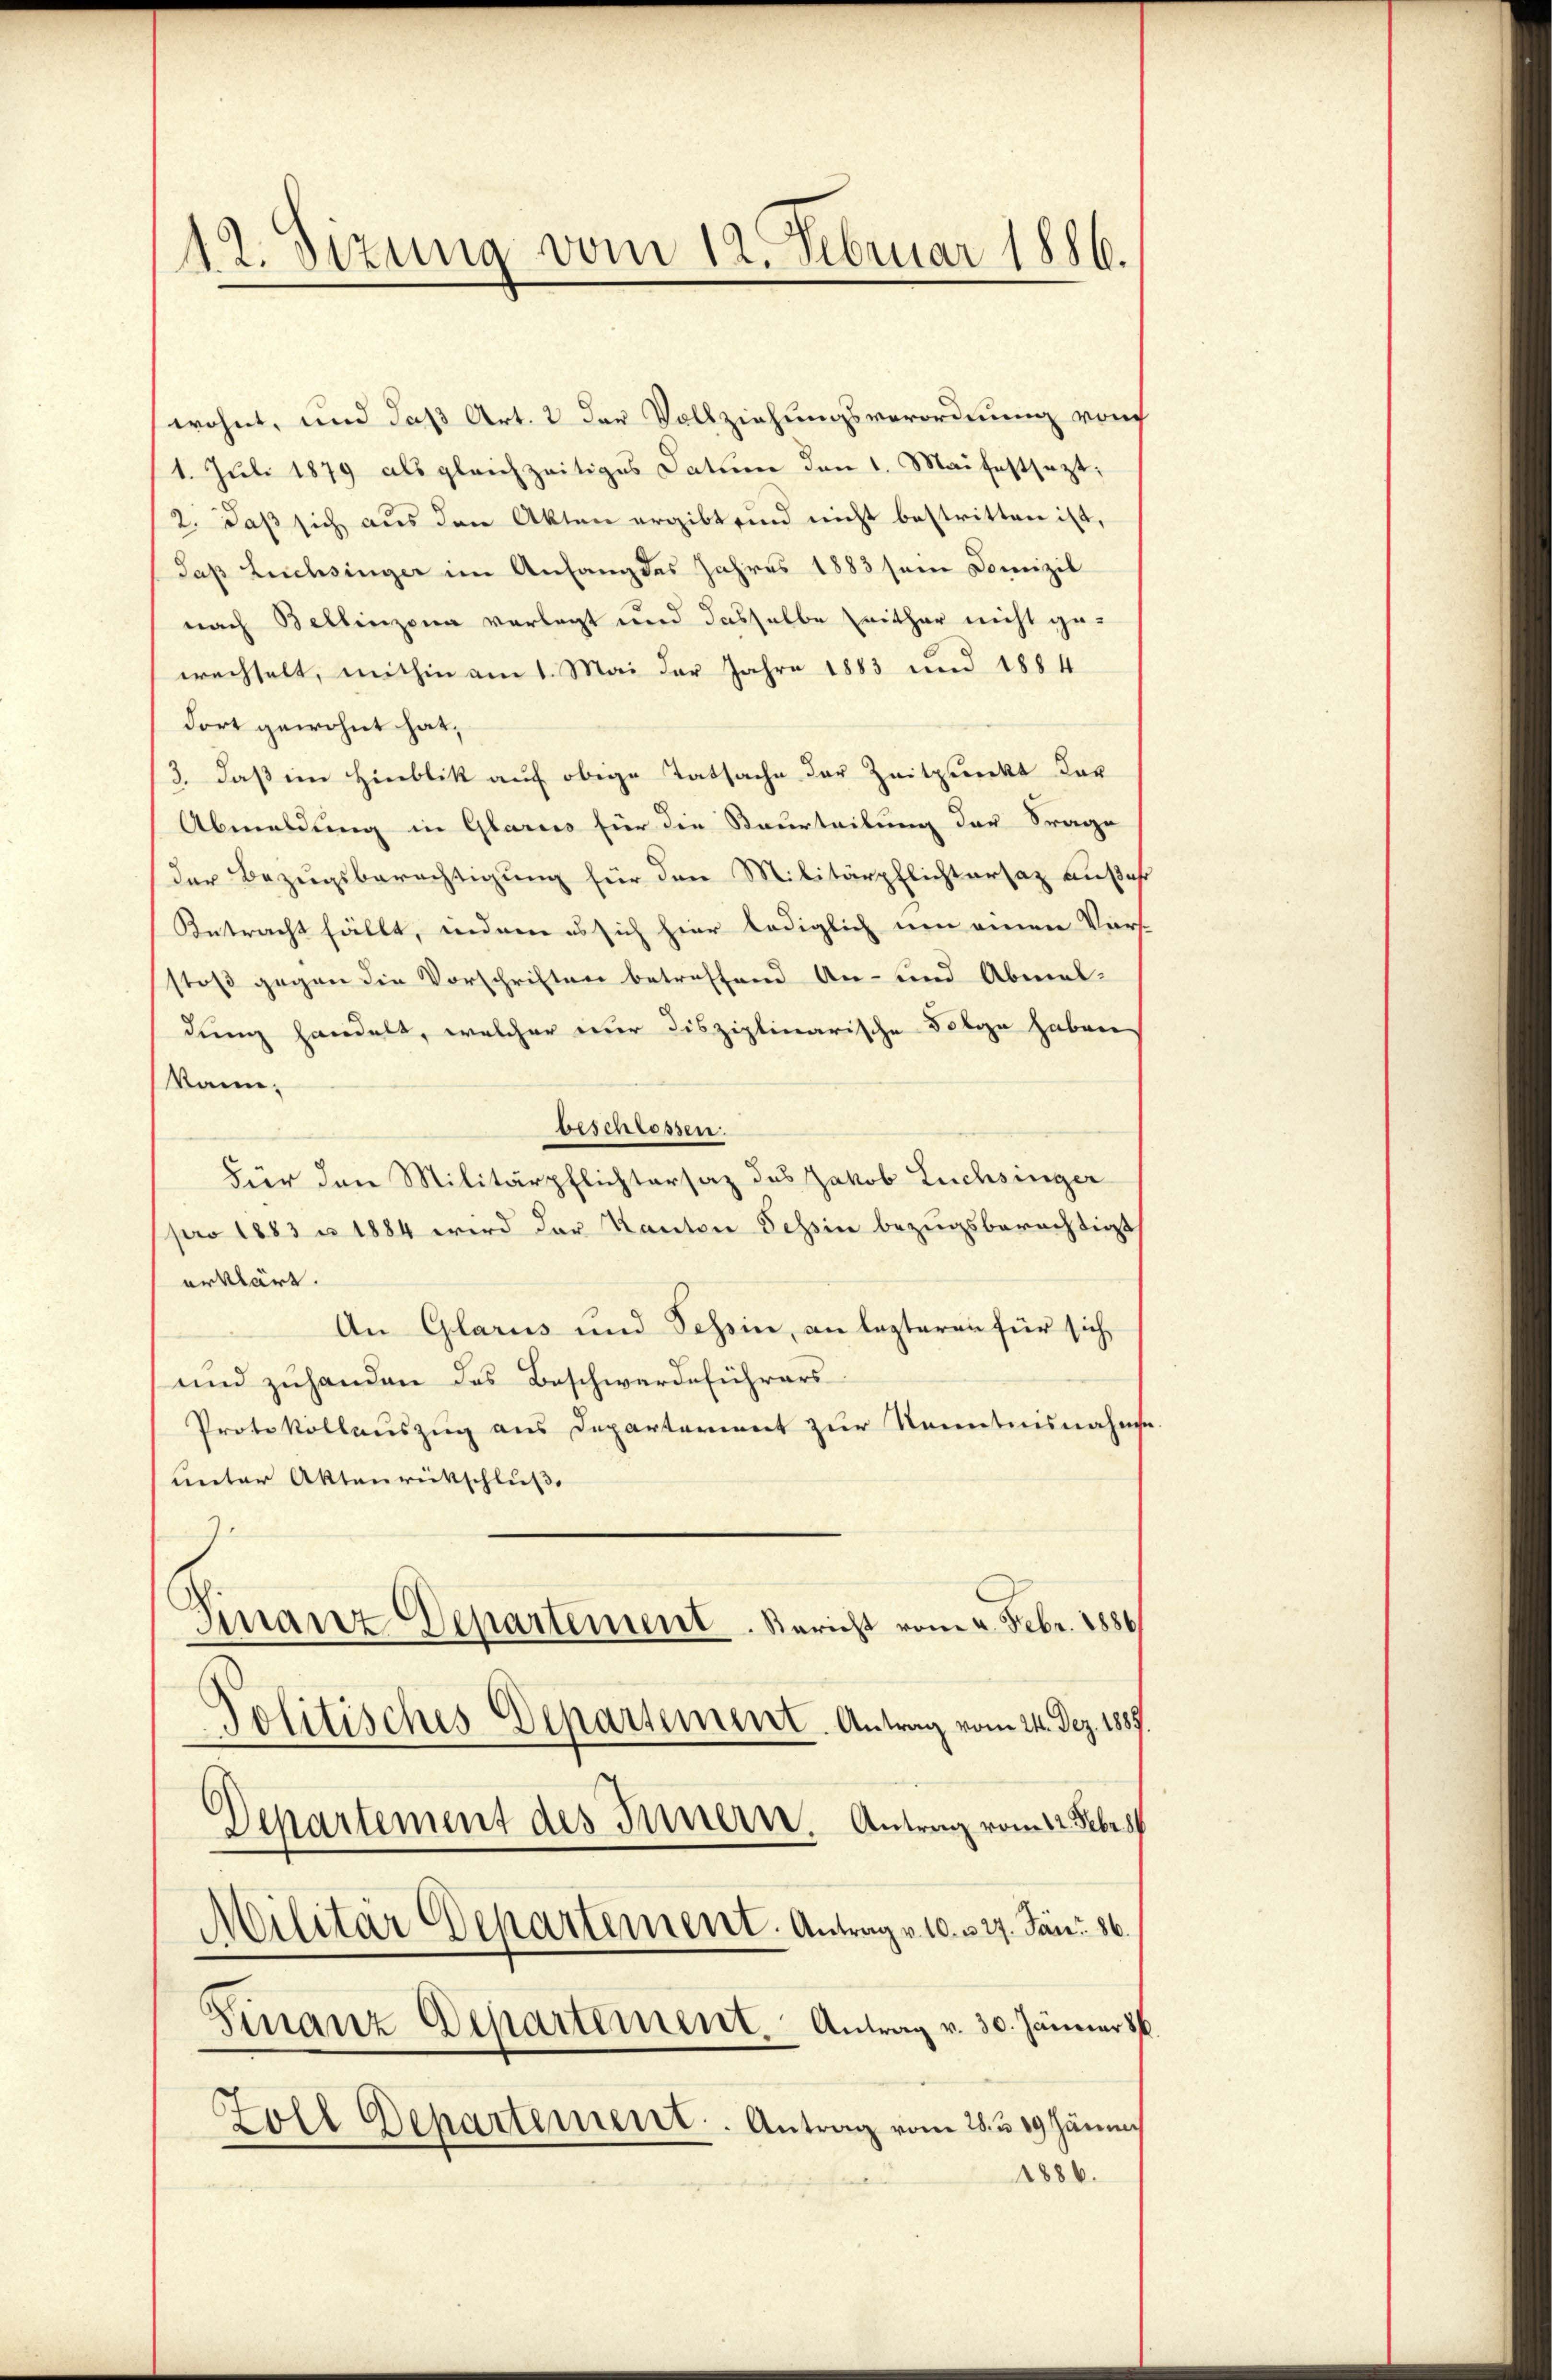
12. Sizung vom 12. Februar 1886.

wohnt, und daß Art. 2 der Vollziehungsverordnung von
1. Juli 1879 als gleichzeitiges Datum den 1. Mai festsezt,
2. daß sich aus den Akten ergibt sind nicht bestritten ist,
Sap Lüchsinger im Anfang des Jahres 1883 sein Domizil
nach Bellinzona verlegt und dasselbe Crither nicht ge-
wechselt, mithin am 1. Mai der Jahre 1883 und 1884
dort gewohnt hat,
3. daß im Hinblik auf obige Tatsache der Zeitpunkt dar
Abmeldung in Glarus für die Beurteilung der Frage
der Bezugsberechtigung für den Militärpflichtersatz außer
Antracht fällt, indem es sich hier lediglich um einen Vers-
stoß gegen die Vorschriften betreffend An- und Abmel-
dung handelt, welcher nur disziplinarische Folge haben
kann.
beschressen
Für den Militärpflichtersaz des Jakob Luchsinger
pro 1883 u. 1884 wird der Kanton Schein bezugsberechtigt
erklärt.
An Glarus und Schein, an lezteren für sich
und zuhanden das Beschwerdeführers
Protokollauszug aus Departerient zur Kenntnisnahme.
unter Aktenrückschluß
Finanz Departement. Bericht vom 2. Febr. 1886
Politisches Departement. Antrag vom 24. Dez. 1887.
Departement des Innern. Antrag vom 12. Febr.
Militär Departement. Antrag v. 10. u 27. Jan. 86
Finanz Departement. Antrag v. 30. Jänner 86.
Foll Departement. Antrag vom 28. 319. Jännis
1886.